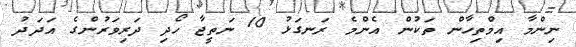
ނިންމާ އިމްތިހާން ތަކުން އެންމެ ރަނގަޅު 10 ނަތީޖާ ހޯދި ދަރިވަރުންގެ އަދަދު